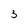
Character: 3